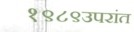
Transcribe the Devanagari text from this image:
१९८९उपरांत